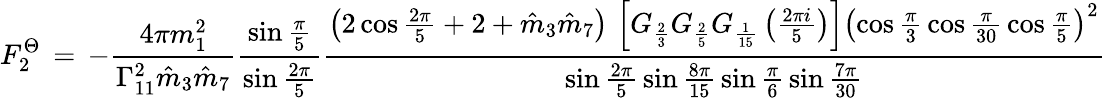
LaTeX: F_{2}^{\Theta}\, =\, -\frac{4\pi m_{1}^{2}}{\Gamma_{11}^{2}\hat{m}_{3}\hat{m}_{7}}\frac{\sin\frac{\pi}{5}}{\sin\frac{2\pi}{5}}\frac{\left(2\cos\frac{2\pi}{5}+2+\hat{m}_{3}\hat{m}_{7}\right)\, \left[G_{\frac{2}{3}}G_{\frac{2}{5}}G_{\frac{1}{15}}\left(\frac{2\pi i}{5}\right)\right]\left(\cos\frac{\pi}{3}\, \cos\frac{\pi}{30}\, \cos\frac{\pi}{5}\right)^{2}}{\sin\frac{2\pi}{5}\, \sin\frac{8\pi}{15}\, \sin\frac{\pi}{6}\, \sin\frac{7\pi}{30}}